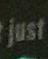
just